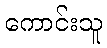
ကောင်းသူ